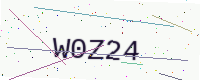
Text: W0Z24